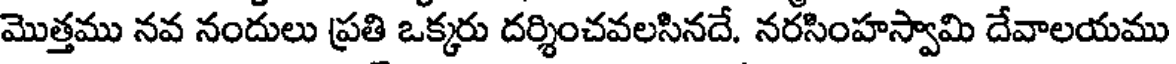
మొత్తము నవ నందులు ప్రతి ఒక్కరు దర్శించవలసినదే. నరసింహస్వామి దేవాలయము